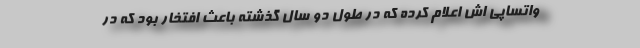
واتساپی اش اعلام کرده که در طول دو سال گذشته باعث افتخار بود که در